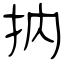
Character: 抐